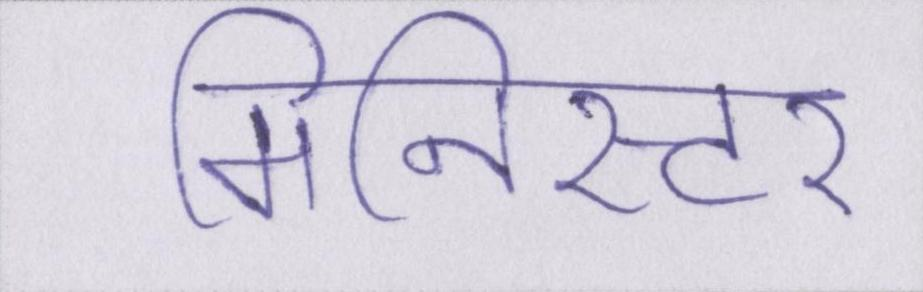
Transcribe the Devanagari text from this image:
मिनिस्टर